Report on vaccination in the Province of Bengal - 1869-1873
Year: 1869
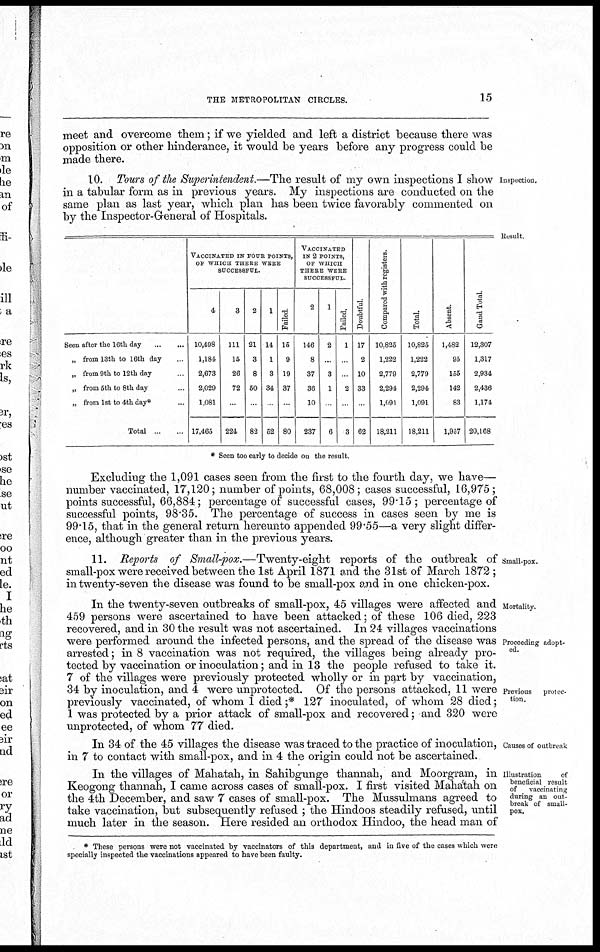
THE METROPOLITAN CIRCLES.
15
meet and overcome them; if we yielded and left a district because there was
opposition or other hinderance, it would be years before any progress could be
made there.
Inspection.
10. Tours of the Superintendent.—The result of my own inspections I show
in a tabular form as in previous years. My inspections are conducted on the
same plan as last year, which plan has been twice favorably commented on
by the Inspector-General of Hospitals.
Result.
Seen after the 16th day
...
...
„ from 13th to 16th day ...
„ from 9th to 12th day ...
„ from 5th to 8th day ...
„ from 1st to 4th day* ...
Total
...
...
VACCINATED IN FOUR POINTS,
OF WHICH THERE WERE
SUCCESSFUL.
4
10,498
1,184
2,673
2,029
1,081
17,465
3
111
15
26
72
...
224
2
21
3
8
50
...
82
1
14
1
3
34
...
52
Failed.
15
9
19
37
...
80
VACCINATED
IN 2 POINTS,
OF WHICH
THESE WERE
SUCCESSFUL.
2
146
8
37
36
10
237
1
2
...
3
1
...
6
Failed.
1
...
...
2
...
3
Doubtful
17
2
10
33
...
62
Compared with registers.
10,825
1,222
2,779
2,294
1,091
18,211
Total.
10,825
1,222
2,779
2,294
1,091
18,211
Absent.
1,482
95
155
142
83
1,957
Grand Total.
12,307
1,317
2,934
2,436
1,174
20,168
* Seen too early to decide on the result.
Excluding the 1,091 cases seen from the first to the fourth day, we have—
number vaccinated, 17,120; number of points, 68,008; cases successful, 16,975;
points successful, 66,884; percentage of successful cases, 99.15; percentage of
successful points, 98.35. The percentage of success in cases seen by me is
99.15, that in the general return hereunto appended 99.55—a very slight differ-
ence, although greater than in the previous years.
Small-pox.
11. Reports of Small-pox.—Twenty-eight reports of the outbreak of
small-pox were received between the 1st April 1871 and the 31st of March 1872 ;
in twenty-seven the disease was found to be small-pox and in one chicken-pox.
Mortality.
Proceeding adopt-
ed.
Previous protec-
tion.
In the twenty-seven outbreaks of small-pox, 45 villages were affected and
459 persons were ascertained to have been attacked; of these 106 died, 223
recovered, and in 30 the result was not ascertained. In 24 villages vaccinations
were performed around the infected persons, and the spread of the disease was
arrested; in 8 vaccination was not required, the villages being already pro-
tected by vaccination or inoculation; and in 13 the people refused to take it.
7 of the villages were previously protected wholly or in part by vaccination,
34 by inoculation, and 4 were unprotected. Of the persons attacked, 11 were
previously vaccinated, of whom 1 died ;* 127 inoculated, of whom 28 died;
1 was protected by a prior attack of small-pox and recovered; and 320 were
unprotected, of whom 77 died.
Causes of outbreak
In 34 of the 45 villages the disease was traced to the practice of inoculation,
in 7 to contact with small-pox, and in 4 the origin could not be ascertained.
Illustration
of
beneficial result
of
vaccinating
during an out-
break of small-
pox.
In the villages of Mahatah, in Sahibgunge thannah, and Moorgram, in
Keogong thannah, I came across cases of small-pox. I first visited Mahatah on
the 4th December, and saw 7 cases of small-pox. The Mussulmans agreed to
take vaccination, but subsequently refused ; the Hindoos steadily refused, until
much later in the season. Here resided an orthodox Hindoo, the head man of
* These persons were not vaccinated by vaccinators of this department, and in five of the cases which were
specially inspected the vaccinations appeared to have been faulty.